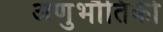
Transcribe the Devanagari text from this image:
अणुभौतिकी